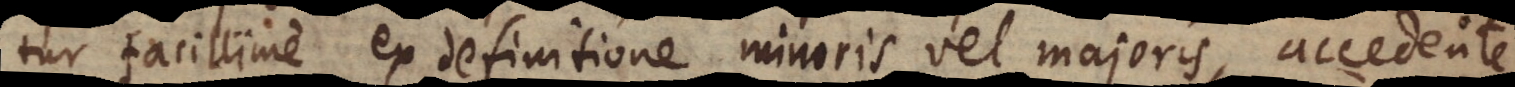
tur facillime ex definitione minoris vel majoris, accedente